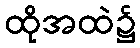
ထိုအထဲ၌